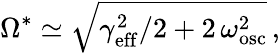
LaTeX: \Omega^{*}\simeq\sqrt{\gamma_{\mathrm{eff}}^{2}/2+2\, \omega_{\mathrm{osc}}^{2}}\, ,